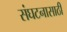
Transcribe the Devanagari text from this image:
संघटनासाठी